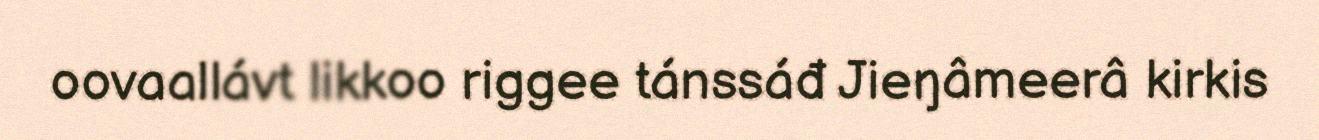
oovaallávt likkoo riggee tánssáđ Jieŋâmeerâ kirkis